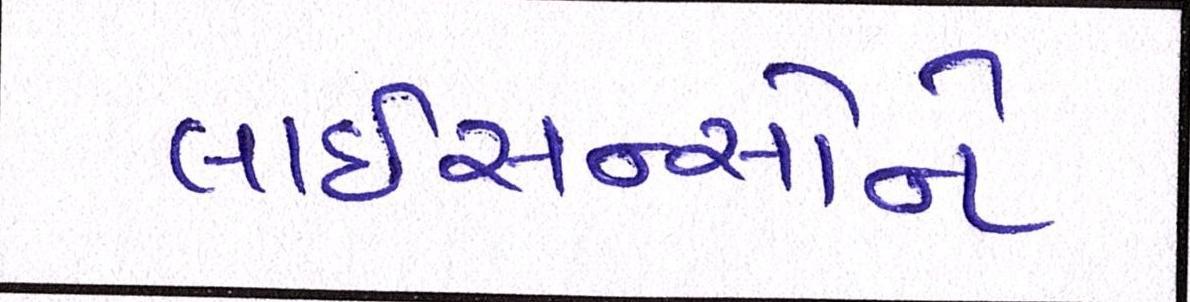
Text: લાઇસન્સોને